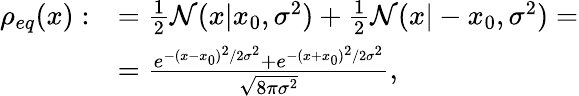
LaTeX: \begin{array}{rl}{\rho_{eq}(x):}&{=\frac{1}{2}\mathcal{N}(x|x_{0},\sigma^{2})+\frac{1}{2}\mathcal{N}(x|-x_{0},\sigma^{2})=}\\ &{=\frac{e^{-(x-x_{0})^{2}/2\sigma^{2}}+e^{-(x+x_{0})^{2}/2\sigma^{2}}}{\sqrt{8\pi\sigma^{2}}},}\end{array}